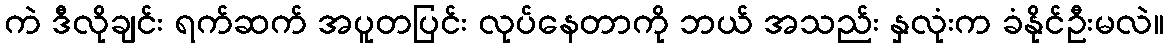
ကဲ ဒီလိုချင်း ရက်ဆက် အပူတပြင်း လုပ်နေတာကို ဘယ် အသည်း နှလုံးက ခံနိုင်ဦးမလဲ။